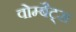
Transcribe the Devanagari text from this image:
वोम्बैट्स